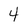
Character: 4